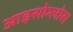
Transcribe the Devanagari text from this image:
आइसोग्लोस